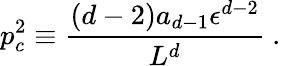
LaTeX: p_{c}^{2}\equiv{\frac{(d-2)a_{d-1}\epsilon^{d-2}}{L^{d}}}~.